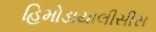
હિમોડાયાલીસીસ